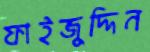
ফাইজুদ্দিন